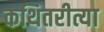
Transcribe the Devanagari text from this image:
कथितरीत्या